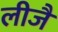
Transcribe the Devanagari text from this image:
लीजै